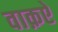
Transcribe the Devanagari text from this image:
वाक़ऐ